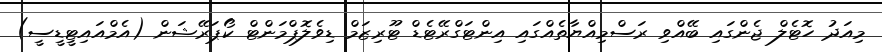
މިއަދު ހޮޓެލް ޖެންގައި ބޭއްވި ރަސްމިއްޔާތެއްގައި އިންޓަގްރޭޓެޑް ޓޫރިޒަމް ޑިވެލޮޕްމަންޓް ކޯޕަރޭޝަން (އެމްއައިޓީޑީސީ)